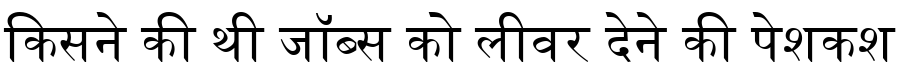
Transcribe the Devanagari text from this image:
किसने की थी जॉब्स को लीवर देने की पेशकश